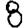
Digit: 8